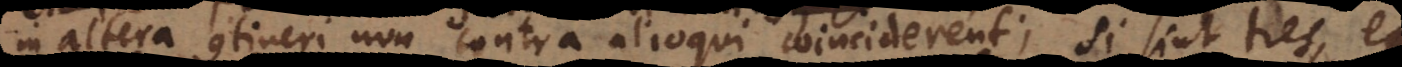
in altera contineri non contra alioqui coinciderent; si sint tres, ex